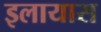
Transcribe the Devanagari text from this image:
इलायास